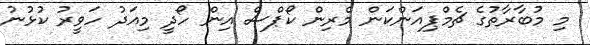
މި މުބާރާތުގެ ޗެމްޕިއަންކަން މެރިން ކޯޕްސް އިން ހޯދީ މިއަދު ހަވީރު ކުޅުނު